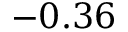
- 0 . 3 6